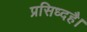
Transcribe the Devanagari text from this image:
प्रसिध्दहै।